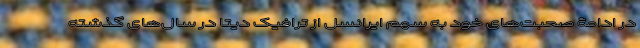
در ادامۀ صحبت‌های خود به سهم ایرانسل از ترافیک دیتا در سال‌های گذشته